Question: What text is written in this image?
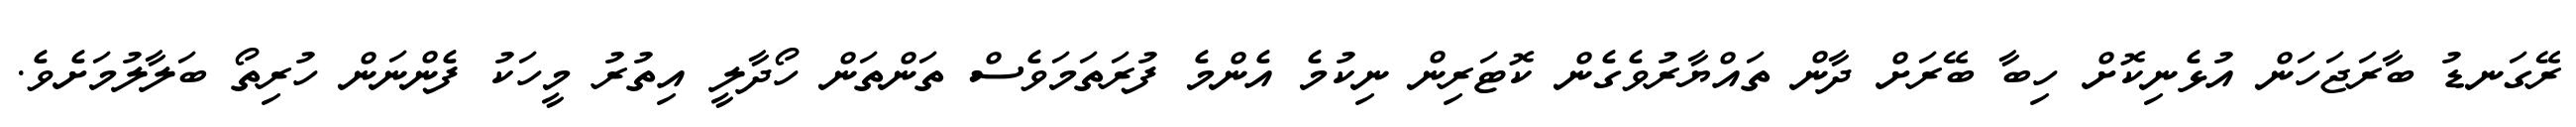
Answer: ރޭގަނޑު ބާރަޖަހަން އުޅެނިކޮށް ހިބާ ބޭރަށް ދާން ތައްޔާރުވެގެން ކޮޓަރިން ނިކުމެ އެންމެ ފުރަތަމަވެސް ތަންތަން ހޯދާލީ އިތުރު މީހަކު ފެންނަން ހުރިތޯ ބަލާލުމަށެވެ.